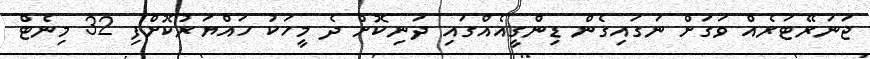
ޖަނަރޭޓަރެއް ވަގަށް ނަގައިގެން ޑިންގީއެއްގައި ދަނިކޮށް ދެ މީހަކު ހައްޔަރުކޮށްފި 32 މިނެޓް